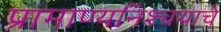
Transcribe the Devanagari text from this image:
प्रामाण्यनिश्चयाचे